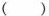
( )